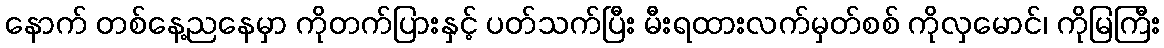
နောက် တစ်နေ့ညနေမှာ ကိုတက်ပြားနှင့် ပတ်သက်ပြီး မီးရထားလက်မှတ်စစ် ကိုလှမောင်၊ ကိုမြကြီး